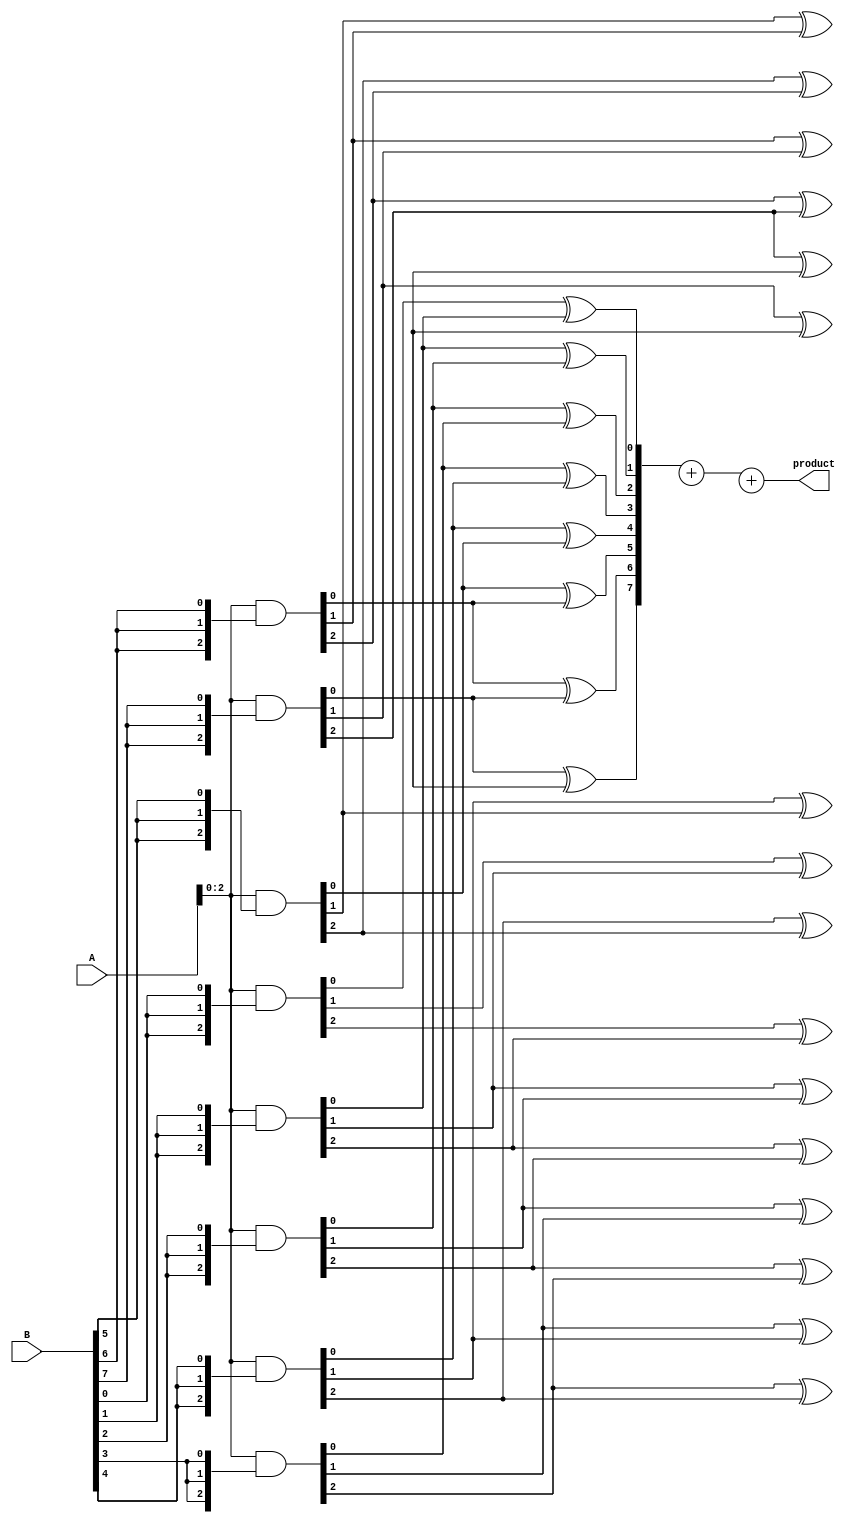
module wallace_tree_multiplier #(parameter N = 8) (
    input  [N-1:0] A,
    input  [N-1:0] B,
    output reg [2*N-1:0] product
);

    wire [N-1:0] pp[N-1:0]; // Partial products
    wire [2*N-1:0] sum[N-1:0];    // Sums to be combined in the WA
    wire [1:0] carry[N-1:0];  // Carry bits from adders

    // Partial Product Generation
    genvar i;
    generate
        for (i = 0; i < N; i = i + 1) begin: pp_gen
            assign pp[i] = A & {N{B[i]}};
        end
    endgenerate

    // Wallace Tree Reduction Stage
    genvar j, k;

    // Loop over the partial products
    generate
        for (j = 0; j < N; j = j + 1) begin: reduction
            for (k = 0; k < N; k = k + 1) begin: adder
                if (j + k < 2*N) begin
                    assign sum[j][j + k] = pp[k][j] ^ pp[k+1][j];
                    assign carry[j][j + k] = pp[k][j] & pp[k+1][j];
                end
            end
        end
    endgenerate

    // Final Addition Stage
    wire [2*N-1:0] final_sum;
    wire final_carry;

    // Example Standard Adder
    assign {final_carry, final_sum} = sum[0] + sum[1] + sum[2]; // Adjust as needed based on reduction tree depth

    // Output
    always @(*) begin
        product = final_sum; // Ultimately output the result
    end

endmodule